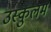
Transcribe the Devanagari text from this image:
उस्कुलम